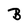
Character: B